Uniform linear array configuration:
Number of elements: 4
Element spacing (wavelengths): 1
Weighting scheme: binomial
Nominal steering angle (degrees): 0
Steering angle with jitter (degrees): -0.6696
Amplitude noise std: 0.05
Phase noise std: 0.05

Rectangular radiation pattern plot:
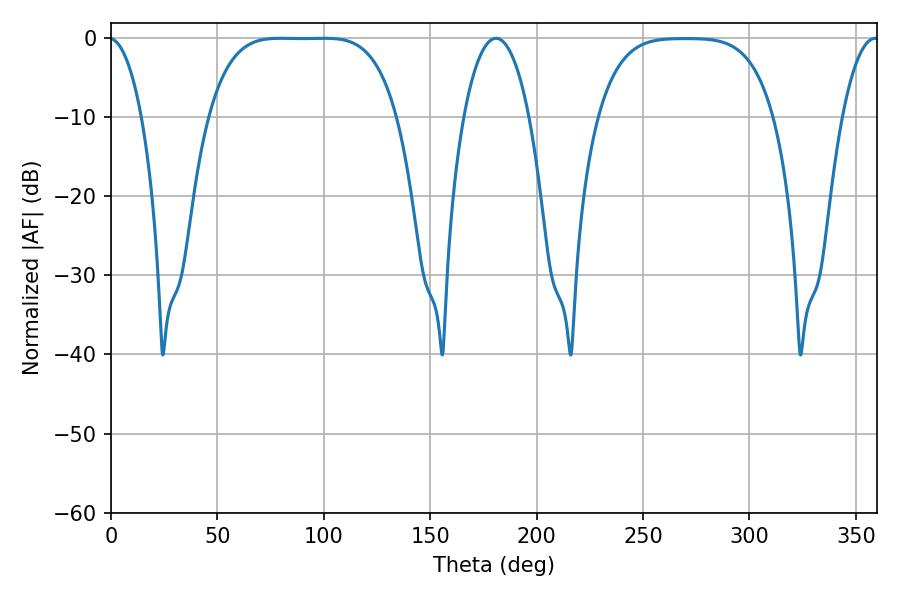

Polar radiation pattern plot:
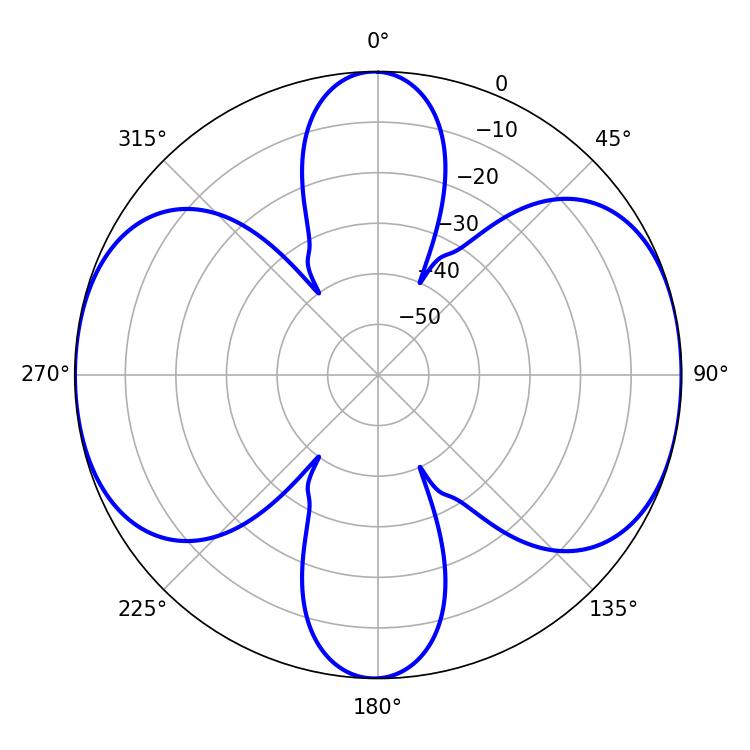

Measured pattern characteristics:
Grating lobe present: TRUE
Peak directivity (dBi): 12.577
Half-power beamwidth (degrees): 67.32
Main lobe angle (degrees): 79.74